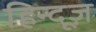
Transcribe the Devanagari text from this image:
हिन्दूज़